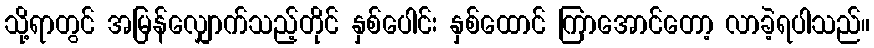
သို့ရာတွင် အမြန်လျှောက်သည့်တိုင် နှစ်ပေါင်း နှစ်ထောင် ကြာအောင်တော့ လာခဲ့ရပါသည်။